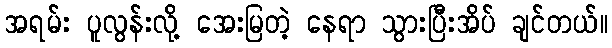
အရမ်း ပူလွန်းလို့ အေးမြတဲ့ နေရာ သွားပြီးအိပ် ချင်တယ်။